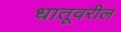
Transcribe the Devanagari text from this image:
धातूवरील